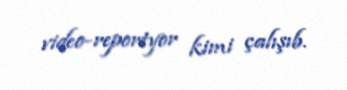
video-reportyor kimi çalışıb.